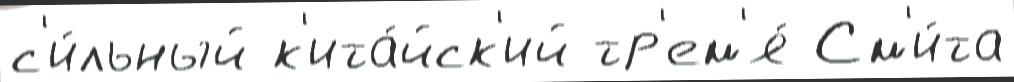
с'и́льный к'ита́йск'ий тр'ем'я́ См'и́та